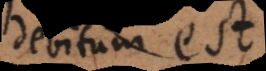
debitum est.